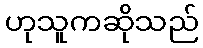
ဟုသူကဆိုသည်